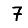
Digit: 7